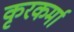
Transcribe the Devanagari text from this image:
कृरकर्मा